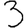
Digit: 3